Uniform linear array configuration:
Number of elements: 48
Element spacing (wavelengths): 0.25
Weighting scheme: uniform
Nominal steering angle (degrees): -60
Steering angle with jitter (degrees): -58.969
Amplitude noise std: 0.05
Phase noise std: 0.05

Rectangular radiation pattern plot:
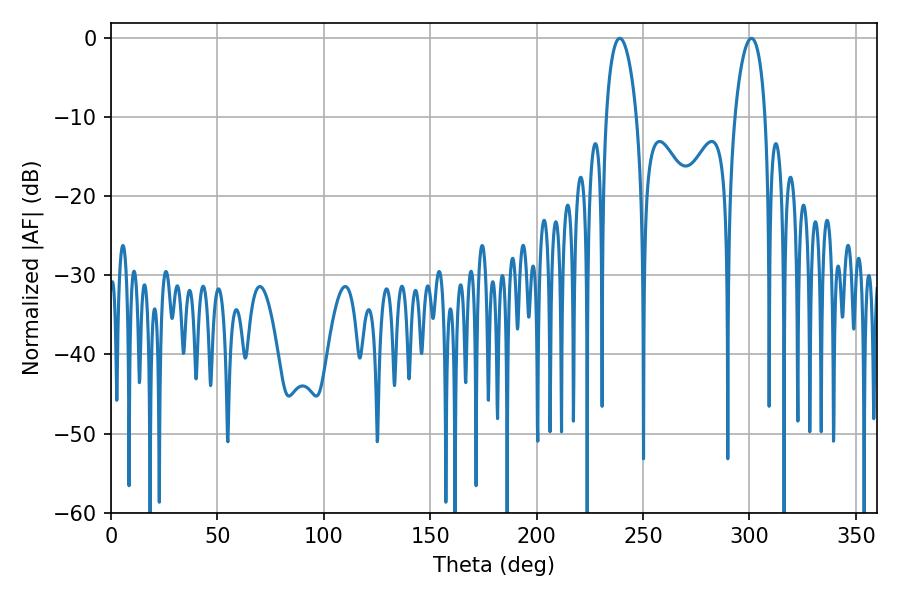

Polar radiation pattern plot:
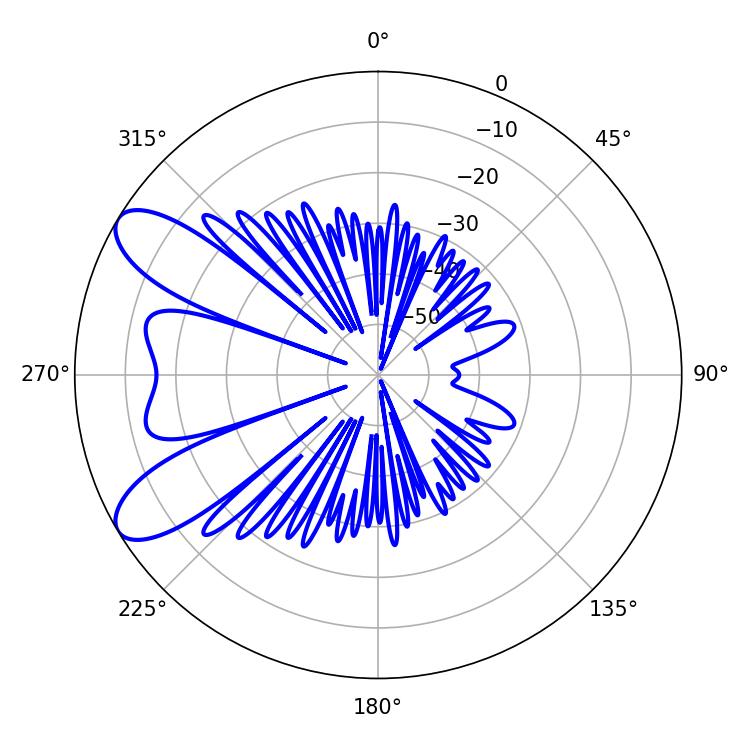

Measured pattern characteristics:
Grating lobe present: FALSE
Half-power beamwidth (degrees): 8.1
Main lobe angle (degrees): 300.96